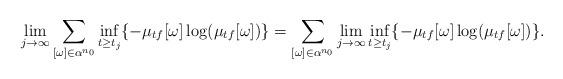
LaTeX: \begin{align*}\lim_{j \to \infty} \sum_{[\omega] \in \alpha^{n_0}} \inf_{t \geq t_j}\{-\mu_{tf}[\omega]\log(\mu_{tf}[\omega])\} = \sum_{[\omega] \in \alpha^{n_0}} \lim_{j \to \infty} \inf_{t \geq t_j}\{-\mu_{tf}[\omega]\log(\mu_{tf}[\omega])\}.\end{align*}